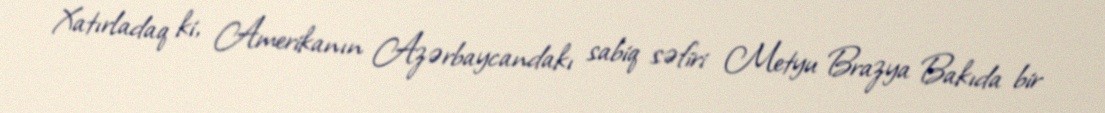
Xatırladaq ki, Amerikanın Azərbaycandakı sabiq səfiri Metyu Brazya Bakıda bir